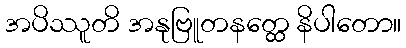
အပိဿူတိ အနုဗြူတနတ္ထေ နိပါတော။